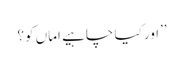
’’اور کیا چاہیے اماں کو؟